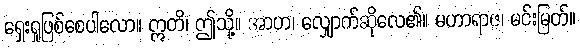
ရှေးရှုဖြစ်စေပါလော။ ဣတိ၊ ဤသို့။ အာဟ၊ လျှောက်ဆိုလေ၏။ မဟာရာဇ၊ မင်းမြတ်။